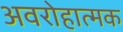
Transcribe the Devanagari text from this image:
अवरोहात्मक